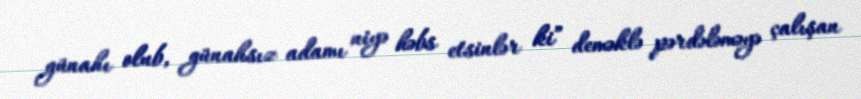
günahı olub, günahsız adamı niyə həbs etsinlər ki” deməklə pərdələməyə çalışan